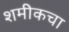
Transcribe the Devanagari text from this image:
शमीकचा